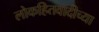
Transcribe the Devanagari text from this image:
लोकहितवादीच्या